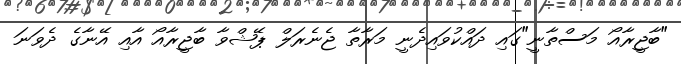
"ބާޖީރާއޯ މަސްތާނީ"ގައި ދައްކުވައިދެނީ މަރާތާ ޖެނެރަލް ޕޭޝްވާ ބާޖީރާއޯ އާއި އޭނާގެ ދެވަނަ